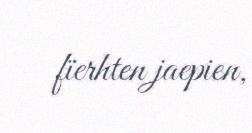
fïerhten jaepien,